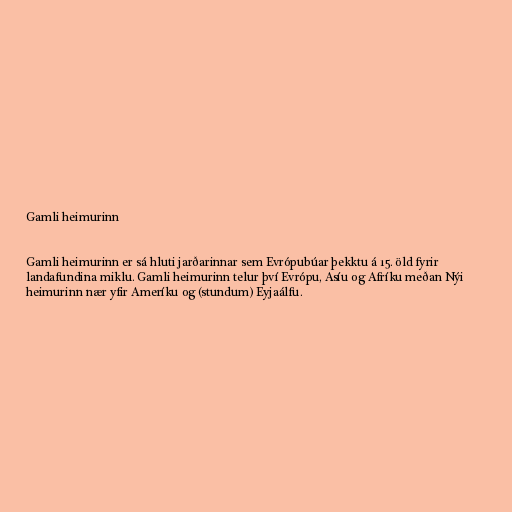
Gamli heimurinn

Gamli heimurinn er sá hluti jarðarinnar sem Evrópubúar þekktu á 15. öld fyrir
landafundina miklu. Gamli heimurinn telur því Evrópu, Asíu og Afríku meðan Nýi
heimurinn nær yfir Ameríku og (stundum) Eyjaálfu.